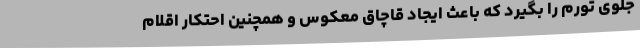
جلوی تورم را بگیرد که باعث ایجاد قاچاق معکوس و همچنین احتکار اقلام